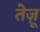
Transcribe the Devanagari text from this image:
तेज़ू